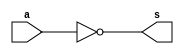
// -------------------------
// Exemplo0035 - 
// Nome: Andre Henriques Fernandes
// -------------------------
// -------------------------
// -------------------------

module notgate(output [1:0] s, input [1:0]a);

	assign s = ~a;

endmodule

module andgate(output [1:0] s,
                    input  [1:0] a,
                    input  [1:0] b);
	assign s = a & b;
endmodule //andgate

module orgate(output [1:0] s,
                    input  [1:0] a,
                    input  [1:0] b);
	assign s = a | b;
endmodule //orgate

module xorgate(output [1:0] s,
                    input  [1:0] a,
                    input  [1:0] b);
	assign s = a^b;

endmodule //xorgate

module test_f4;
// ------------------------- definir dados
	reg [1:0] x;
	reg [1:0] y;
	reg [1:0] c1;
	reg [1:0] c2;
	wire [1:0] s1;
	wire [1:0] s2;
	wire [1:0] s3;
	wire [1:0] s4;
	wire [1:0] s5;
	wire [1:0] s6;
	wire [1:0] s7;
	wire [1:0] s;
	
	orgate OR1(s7,x,y);
	xorgate XOR1(s6,x,y);
	xorgate XOR2(s4,c2,s7);
	xorgate XOR3(s5,c2,s6);
	notgate NOT1(s3,c1);
	andgate AND1(s1,s3,s4);
	andgate AND2(s2,s5,c1);
	orgate OR2(s,s1,s2);
	
// ------------------------- parte principal
   initial begin
      $display("Exemplo0035 - Andre Henriques Fernandes - 427386");
      $display("Test LU's module");
		x = 2'b00;      y = 2'b00;  c1 = 2'b00; c2 = 2'b00;
   	
		// projetar testes do modulo
		
		$monitor("%4b %4b %4b %4b = %4b",c1,c2,x,y,s);
		#1 x = 2'b00; y = 2'b00; c1 = 2'b01; c2 = 2'b10;
		#1 x = 2'b00; y = 2'b11; c1 = 2'b11; c2 = 2'b00;
		#1 x = 2'b11; y = 2'b00; c1 = 2'b10; c2 = 2'b01;
		#1 x = 2'b11; y = 2'b11; c1 = 2'b00; c2 = 2'b11;
end
endmodule // test_f4